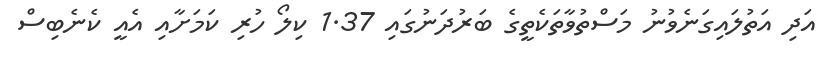
އަދި އަތުލައިގަނެވުނު މަސްތުވާތަކެތީގެ ބަރުދަނުގައި 1.37 ކިލޯ ހުރި ކަމަށާއި އެއީ ކެނެބިސް